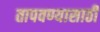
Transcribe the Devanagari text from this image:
तापवण्यासाठी